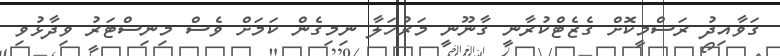
ގަވާއިދު ރަސްމީކޮށް ގެޒެޓްކުރާނީ ގާނޫނީ މަރުހަލާ ނިމިގެން ކަމަށް ވެސް މިނިސްޓަރު ވިދާޅުވި